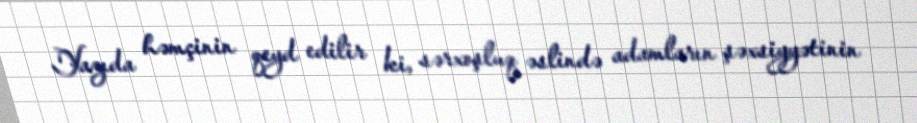
Yazıda həmçinin qeyd edilir ki, sərxoşluq əslində adamların şəxsiyyətinin